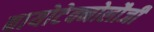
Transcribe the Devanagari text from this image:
बायोटेक्नोलौजी